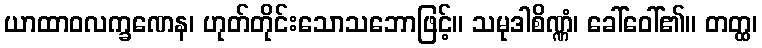
ယာထာဝလက္ခဏေန၊ ဟုတ်တိုင်းသောသဘောဖြင့်။ သမုဒါစိဏ္ဏံ၊ ခေါ်ဝေါ်၏။ တတ္ထ၊